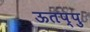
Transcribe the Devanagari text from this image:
ऊतप्पु